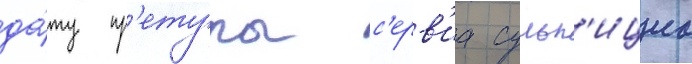
да́ту пр'етуры с'ерв'иа сульп'ициа